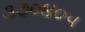
૩૭૦૪૦૫